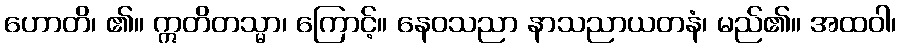
ဟောတိ၊ ၏။ ဣတိတသ္မာ၊ ကြောင့်။ နေဝသညာ နာသညာယတနံ၊ မည်၏။ အထဝါ၊